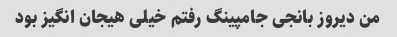
من دیروز بانجی جامپینگ رفتم خیلی هیجان انگیز بود